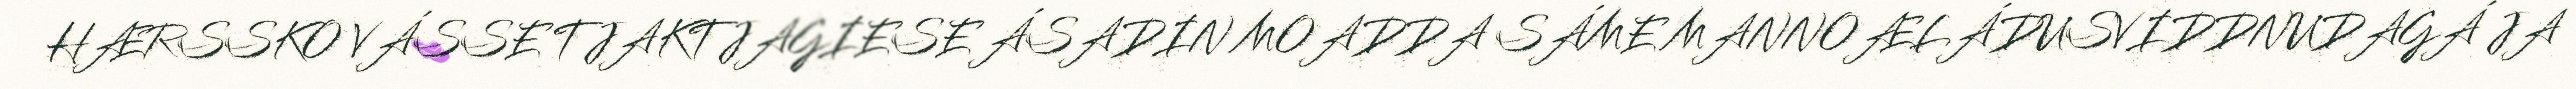
HÆRSSKO VÁSSE TJAKTJAGIESE ÁSADIN MOADDA SÁME MANNOÆLÁDUSVIDDNUDAGÁ JA